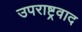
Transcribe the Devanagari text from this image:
उपराष्ट्रवाद